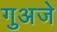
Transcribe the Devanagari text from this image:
गुअजे